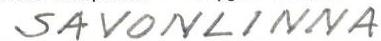
SAVONLINNA